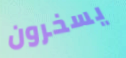
يسخرون